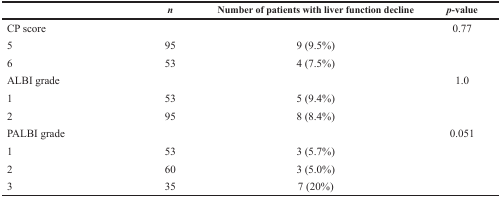
|  | n | Number of patients with liver function decline | p-value |
 | --- | --- | --- | --- |
 | CP score |  |  | 0.77 |
 | 5 | 95 | 9 (9.5%) |  |
 | 6 | 53 | 4 (7.5%) |  |
 | ALBI grade |  |  | 1.0 |
 | 1 | 53 | 5 (9.4%) |  |
 | 2 | 95 | 8 (8.4%) |  |
 | PALBI grade |  |  | 0.051 |
 | 1 | 53 | 3 (5.7%) |  |
 | 2 | 60 | 3 (5.0%) |  |
 | 3 | 35 | 7 (20%) |  |